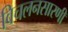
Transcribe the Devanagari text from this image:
विचलनसारणी